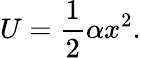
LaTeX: U=\frac{1}{2}\alpha x^{2}.